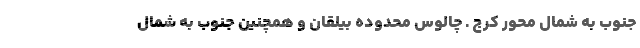
جنوب به شمال محور کرج ـ چالوس محدوده بیلقان و همچنین جنوب به شمال